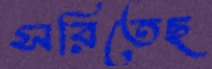
সরিতেছ